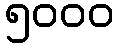
၅၀၀၀